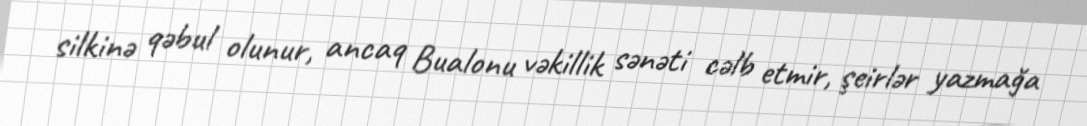
silkinə qəbul olunur, ancaq Bualonu vəkillik sənəti cəlb etmir, şeirlər yazmağa